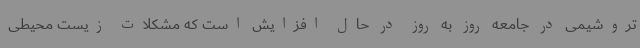
تروشیمی در جامعه روز به روز در حال افزایش است که مشکلات زیست محیطی